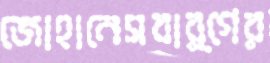
জোহানেসবার্গের